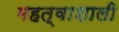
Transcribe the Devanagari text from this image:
महत्वाशाली